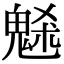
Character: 𩳘